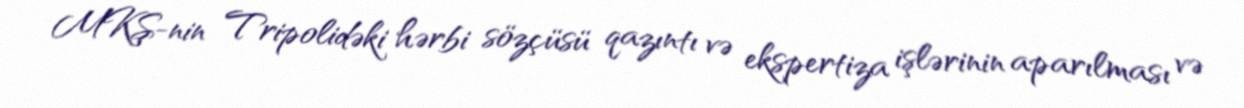
MKŞ-nin Tripolidəki hərbi sözçüsü qazıntı və ekspertiza işlərinin aparılması və